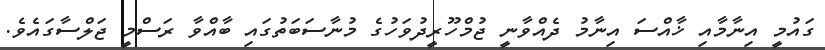
ގައުމީ އިނާމާއި ޚާއްސަ އިނާމު ދެއްވާނީ ޖުމްހޫރީދުވަހުގެ މުނާސަބަތުގައި ބާއްވާ ރަސްމީ ޖަލްސާގައެވެ.